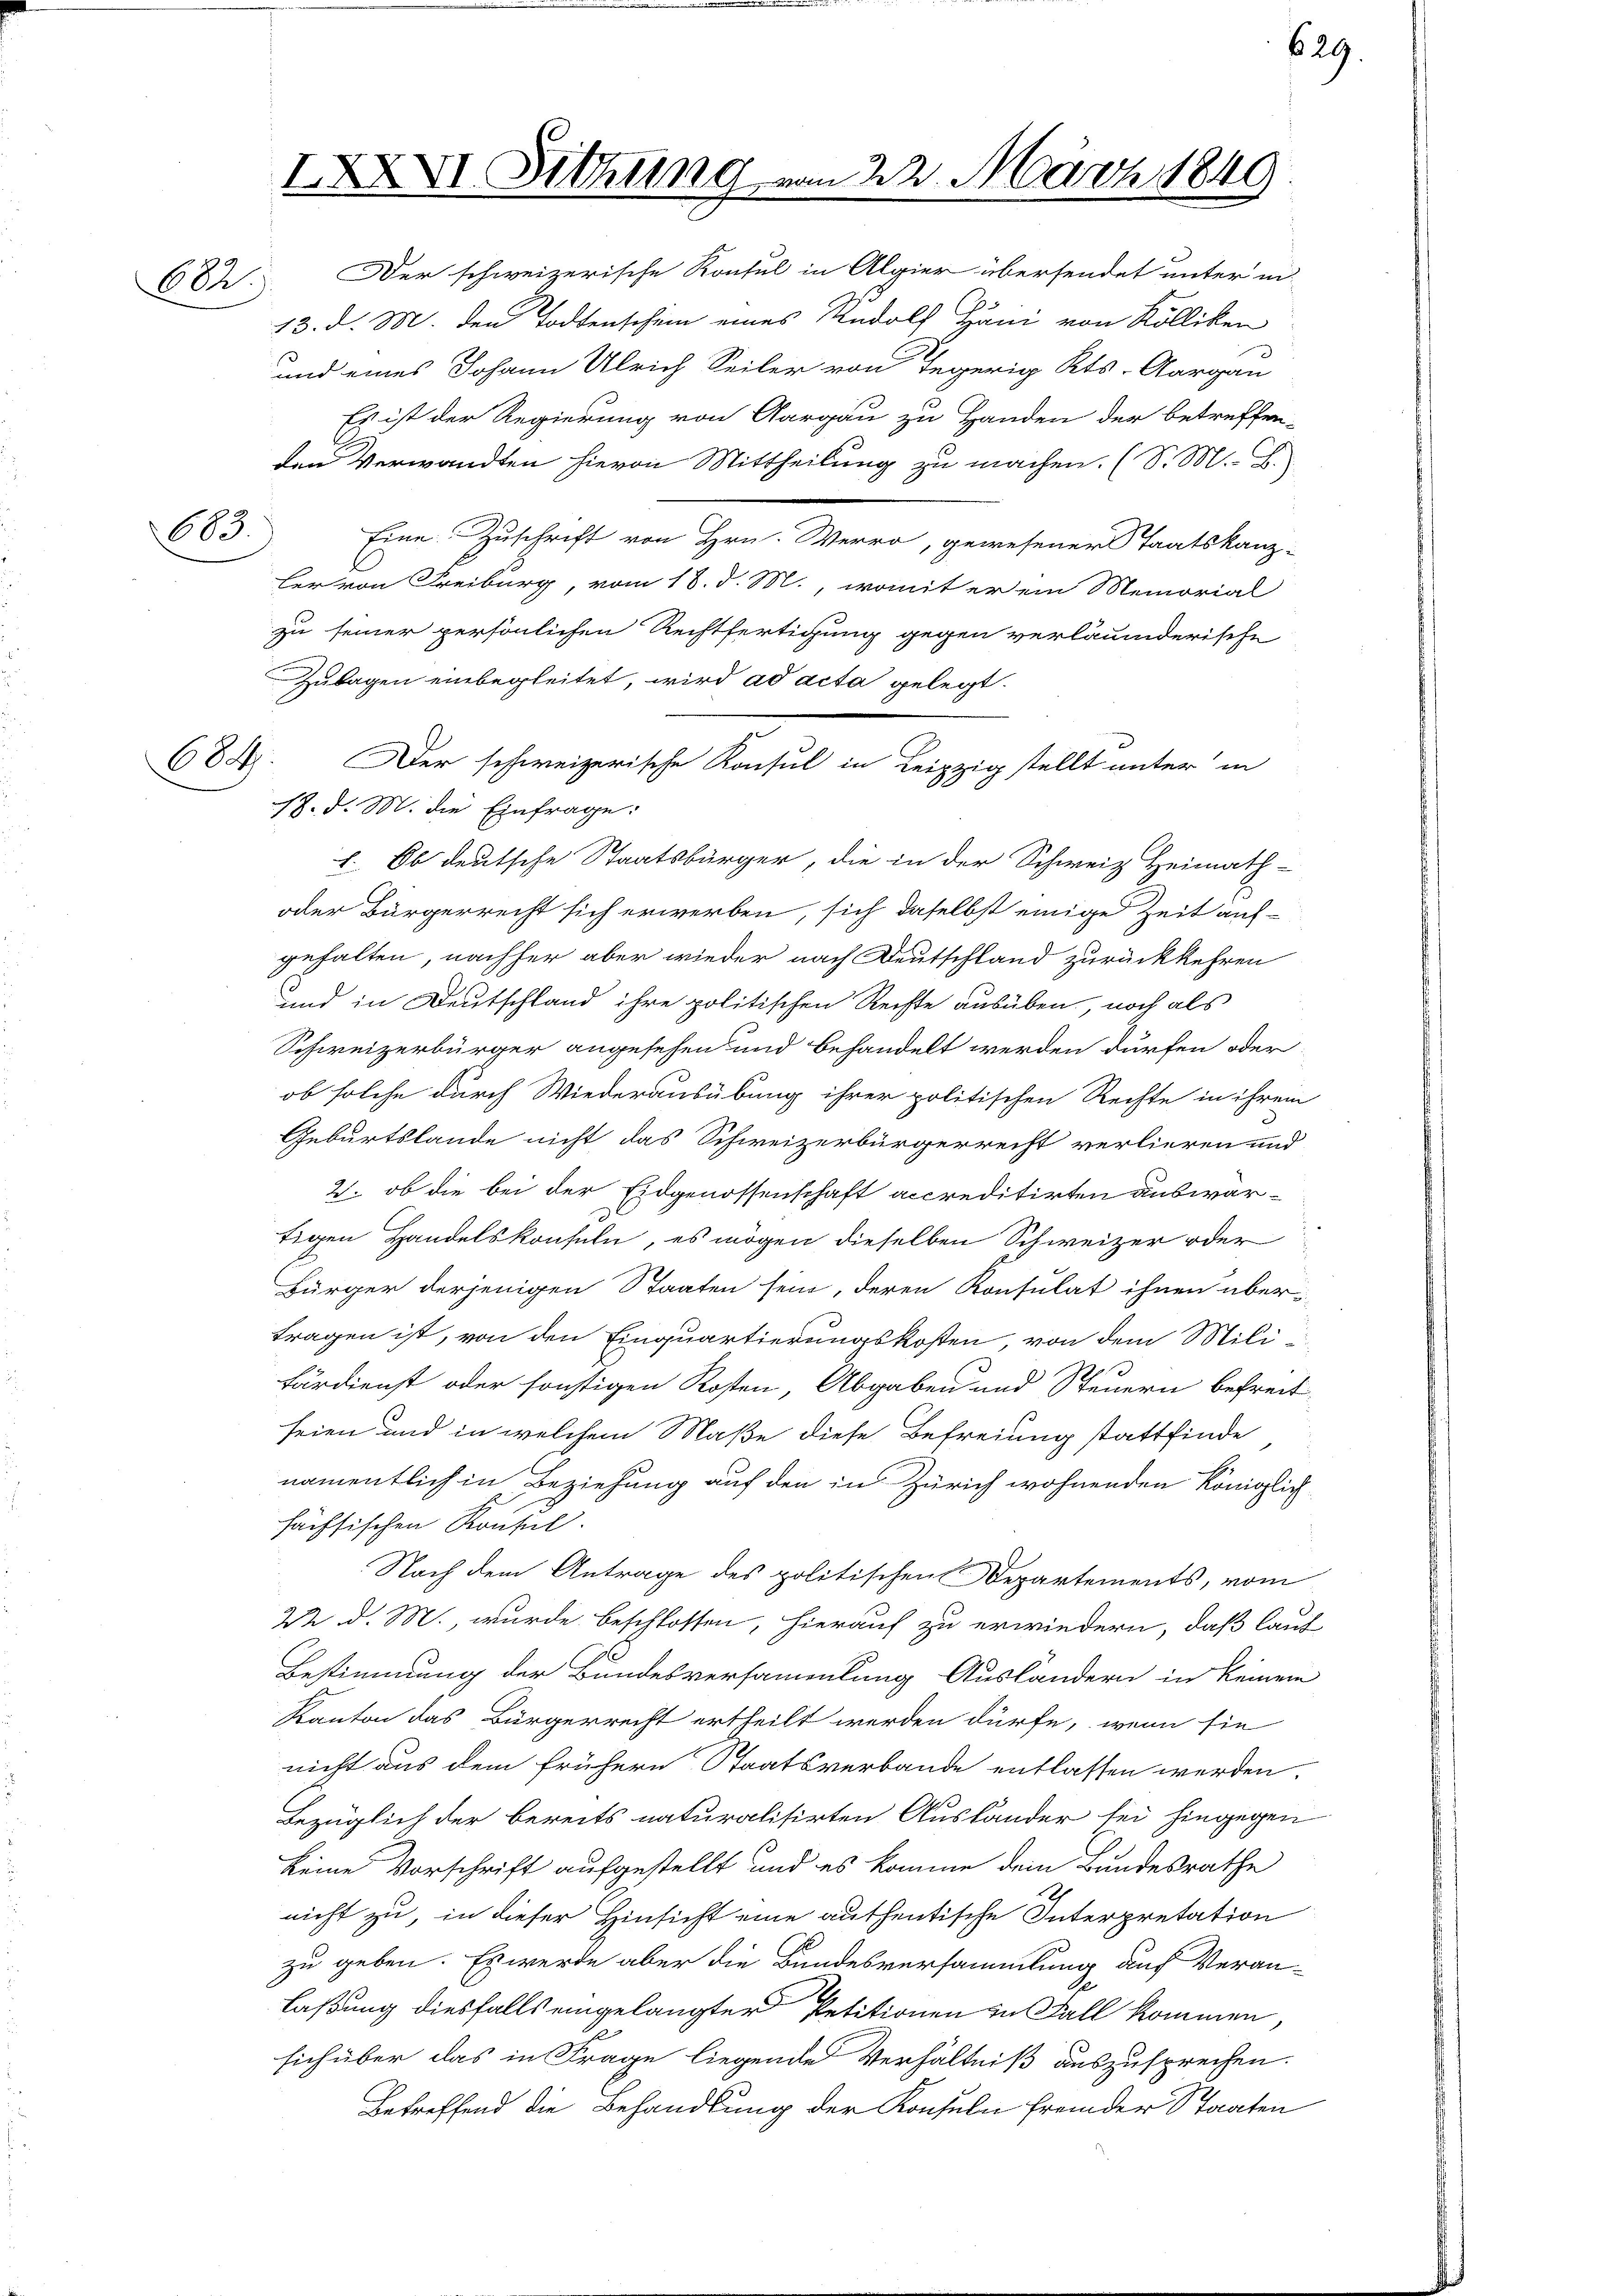
XXXVI. Sitzung
672. Der schweizerische Konsul in Algier übersendet unter in

603.

604.

13. d. M. den Todtenschein eines Rudolf Häni von Kölliken
und eines Johann Ulrich Seiler von Tegerig Kts. Aargau
Es ist der Regierung von Aargau zu Handen der betreffen-
den Verwandten hievon Mittheilung zu machen. (S. M. B.
Eine Zuschrift von Hrn. Werro, gewesener Staatskanz-
her von Freiburg, vom 18. d. M., womit er ein Memorial
zu seiner persönlichen Rechtfertigung gegen verläumderische
Zulagen einbegleitet, wird ad acta gelegt.
l. Ob deutsche Staatsbürger, die in der Schweiz Heimath-
oder Bürgerrecht sich erwerben, sich daselbst einige Zeit auf-
gehalten, nachher aber wieder nach Deutschland zurückkehren
und in Deutschland ihre politischen Rechte ausüben, noch als
Schweizerbürger angesehen und behandelt werden dürfen oder
ob solche durch Wiederausübung ihrer politischen Rechte in ihrem
Geburtslande nicht das Schweizerbürgerrecht verlieren und
2. ob die bei der Eidgenossenschaft accreditirten auswärtigen Handelskonseln, es mögen dieselben Schweizer oder
Bürger derjenigen Staaten sein, deren Konsulat ihnen übertragen ist, von den Einquartierungskosten, von dem Milifärdienst oder sonstigen Kosten, Abgaben und Steuern befreit-
seien und in welchem Maße diese Befreiung stattfinde
namentlich in Beziehung auf den in Zürich wohnenden Königlich-
hächsischen Konsul
Nach dem Antrage des politischen Departements, vom
22. d. M., wurde beschlossen, hierauf zu erwiedern, daß lauf
Bestimmung der Bundesversammenkung Auslandern in keinem
Kanton das Bürgerrecht ertheilt werden dürfe, wenn sie
nicht aus dem frühere Staatsverbande entlassen werden.
Bezüglich der bereits naturalisirten Ausländer sei hingegen
keine Vorschrift aufgestellt und es komme dem Bundesrathe
nicht zu, in dieser Hinsicht eine authentische Interpretation
zu geben. Es werde aber die Bundesversammlung auf Veran-
laßung diesfalls eingelangter Petitionen zu Fall kommen,
sich über das in Frage liegende Verhältniß auszusprechen.
Betreffend die Behandlung der Konsuln fremder Staaten

17. d. M. die Einfrage:

Der schweizerische Konsul in Leipzig stellt unter in

22. März 1849

629.